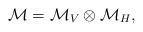
LaTeX: \begin{align*}\mathcal{M}=\mathcal{M}_{V}\otimes\mathcal{M}_{H},\end{align*}